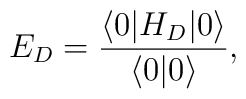
E_D= \frac {\langle 0 | H_D | 0 \rangle} { \langle 0 | 0 \rangle},